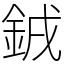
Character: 銊